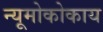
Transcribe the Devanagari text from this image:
न्यूमोकोकाय